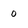
Character: 0